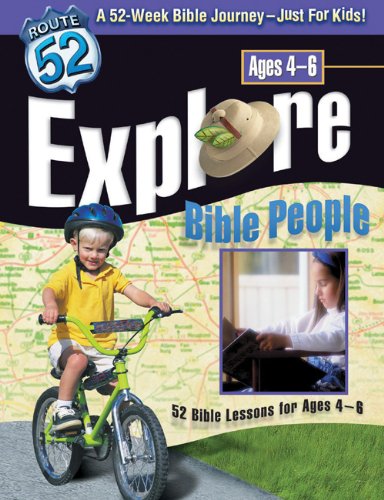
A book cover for Explore Bible People: 52 Bible Lessons for Ages 4-6 (Route 52); Downs Downs; Christian Books & Bibles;